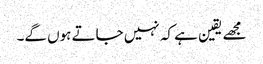
مجھے یقین ہے کہ نہیں جاتے ہوں گے۔